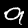
Digit: 9